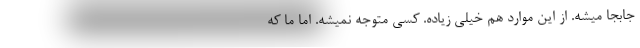
جابجا میشه. از این موارد هم خیلی زیاده. کسی متوجه نمیشه. اما ما که